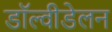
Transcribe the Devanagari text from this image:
डॉल्वीडेलन